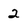
Character: 2